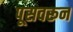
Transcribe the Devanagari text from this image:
पूसवरून